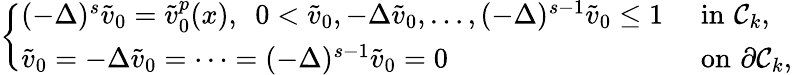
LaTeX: \left\{ \begin{array}{ll}{(-\Delta)^{s}\tilde{v}_{0}=\tilde{v}_{0}^{p}(x),\ \ 0<\tilde{v}_{0},-\Delta\tilde{v}_{0},\ldots,(-\Delta)^{s-1}\tilde{v}_{0}\leq 1\, \, }&{\mathrm{in}\, \, \mathcal C_{k},}\\ {\tilde{v}_{0}=-\Delta\tilde{v}_{0}=\cdots=(-\Delta)^{s-1}\tilde{v}_{0}=0}&{\mathrm{on}\, \, \partial\mathcal C_{k},}\end{array}\right.